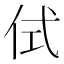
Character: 侙